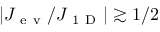
| J _ { \mathrm { ~ e ~ v ~ } } / J _ { \mathrm { ~ 1 ~ D ~ } } | \gtrsim 1 / 2